Indian journal of veterinary science and animal husbandry - Volumes 24-25, 1954-1955
Year: 1954
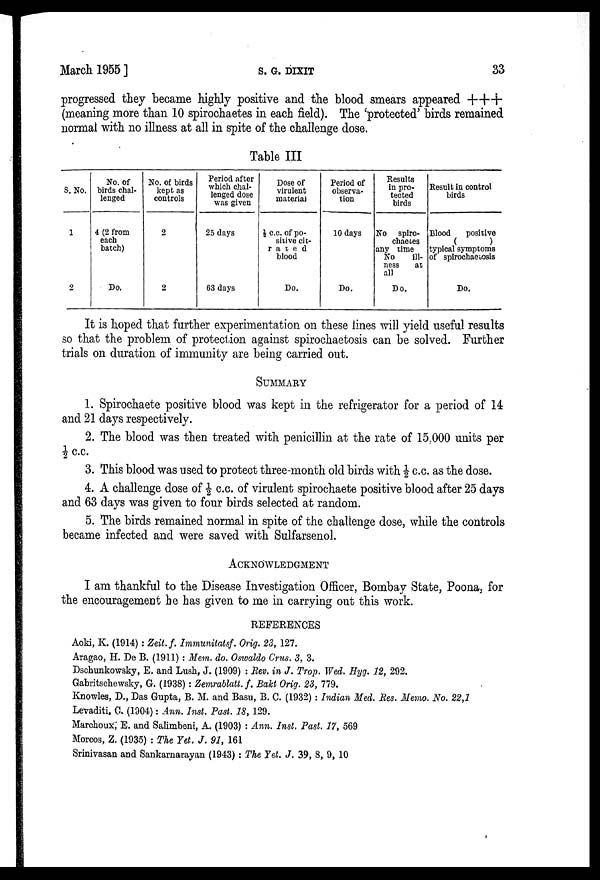
March 1955]
S.
G.
DIXIT
33
progressed they became highly positive and the blood smears appeared +++
(meaning more than 10 spirochaetes in each field). The 'protected' birds remained
normal with no illness at all in spite of the challenge dose.
Table III
S. No.
1
2
No. of
birds chal-
lenged
4 (2 from
each
batch)
Do.
No. of birds
kept as
controls
2
2
Period after
which chal-
lenged dose
was given
25 days
63 days
Dose of
virulent
material
½ c.c. of po-
sitive cit-
rated
blood
Do.
Period of
observa-
tion
10 days
Do.
Results
in pro-
tected
birds
No spiro-
chaetes
any time
No
ill-
ness
at
all
Do.
Result in control
birds
Blood
positive
(
)
typical symptoms
of spirochaetosis
Do.
It is hoped that further experimentation on these lines will yield useful results
so that the problem of protection against spirochaetosis can be solved. Further
trials on duration of immunity are being carried out.
SUMMARY
1. Spirochaete positive blood was kept in the refrigerator for a period of 14
and 21 days respectively.
2. The blood was then treated with penicillin at the rate of 15,000 units per
½ c.c.
3. This blood was used to protect three-month old birds with ½ c.c. as the dose.
4. A challenge dose of ½ c.c. of virulent spirochaete positive blood after 25 days
and 63 days was given to four birds selected at random.
5. The birds remained normal in spite of the challenge dose, while the controls
became infected and were saved with Sulfarsenol.
ACKNOWLEDGMENT
I am thankful to the Disease Investigation Officer, Bombay State, Poona, for
the encouragement be has given to me in carrying out this work.
REFERENCES
Aoki, K. (1914): Zeit. f. Immunitatsf. Orig. 23, 127.
Aragao, H. De B. (1911) : Mem. do. Oswaldo Crus. 3, 3.
Dschunkowsky, E. and Lush, J. (1909) : Rev. in J. Trop. Wed. Hyg. 12, 292.
Gabritschewsky, G. (1938) : Zemrablatt. f. Bakt Orig. 23, 779.
Knowles, D., Das Gupta, B. M. and Basu, B. C. (1932) : Indian Med. Res. Memo. No. 22,1
Levaditi, C. (1904): Ann. Inst. Past. 18, 129.
Marchoux, E. and Salimbeni, A. (1903) : Ann. Inst. Past. 17, 569
Morcos, Z. (1935) : The Yet. J. 91, 161
Srinivasan and Sankarnarayan (1943) : The Yet. J. 39, 8, 9, 10